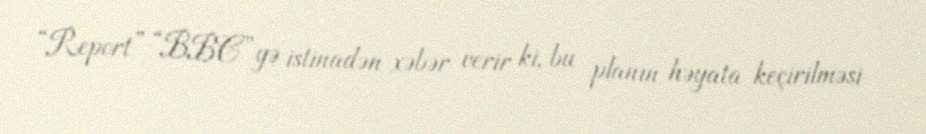
“Report” “BBC”yə istinadən xəbər verir ki, bu planın həyata keçirilməsi